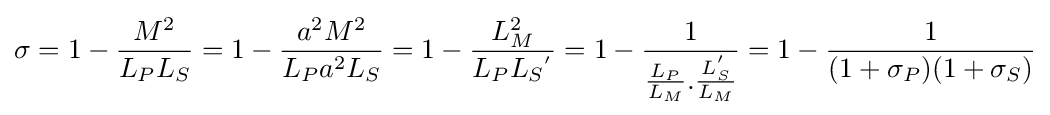
\sigma =1-{\frac {M^{2}}{L_{P}L_{S}}}=1-{\frac {a^{2}M^{2}}{L_{P}a^{2}L_{S}}}=1-{\frac {L_{M}^{2}}{L_{P}L_{S}{^{'}}}}=1-{\frac {1}{{\frac {L_{P}}{L_{M}}}.{\frac {L_{S}^{'}}{L_{M}}}}}=1-{\frac {1}{(1+\sigma _{P})(1+\sigma _{S})}}